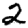
Digit: 2